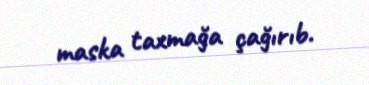
maska taxmağa çağırıb.